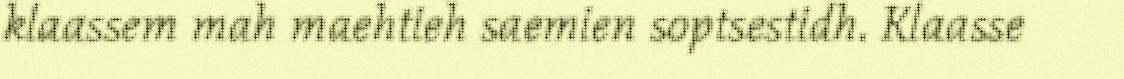
klaassem mah maehtieh saemien soptsestidh. Klaasse